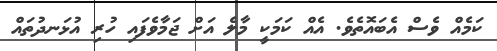
ކަމެއް ވެސް އެބައޮތެވެ. އެއް ކަމަކީ މާލެ އަށް ޖަމާވެފައި ހުރި އުޅަނދުތައް